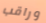
وراقب